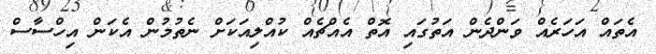
އެތައް އަހަރެއް ވަންދެން އަތުގައި އޮތް އެއްޗެއް ކުއްލިއަކަށް ނެތުމުން އެކަން އިހްސާސް